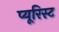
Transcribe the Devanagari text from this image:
प्यूरिस्ट